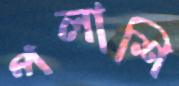
পলাশি